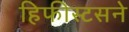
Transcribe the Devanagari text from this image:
हिफीस्टसने